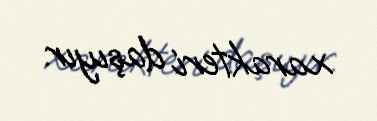
xarakteri daşıyır.